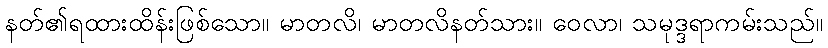
နတ်၏ရထားထိန်းဖြစ်သော။ မာတလိ၊ မာတလိနတ်သား။ ဝေလာ၊ သမုဒ္ဒရာကမ်းသည်။